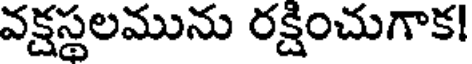
వక్షస్థలమును రక్షించుగాక!